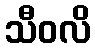
သီဝလိ